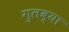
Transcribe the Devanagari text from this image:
गुलब्या